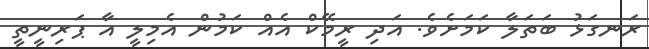
ރަނގަޅު ބަތަލާ ކަމަށެވެ. އަދި ރީމޭކް އެއްް ކަަމުން އެމިލީ އާ ޕަރިނީތީ